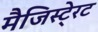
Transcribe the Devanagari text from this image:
मैजिस्टे्रट